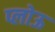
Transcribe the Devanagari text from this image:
प्लोऊ